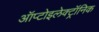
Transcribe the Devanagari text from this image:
ऑप्टोइलेक्ट्रॉनिक